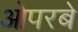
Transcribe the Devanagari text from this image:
ओपरबे